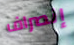
إنصراف